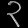
Digit: ၃